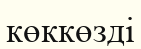
көккөзді